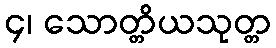
၄၊ သောတ္တိယသုတ္တ